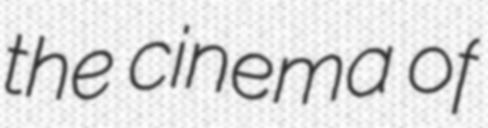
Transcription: the cinema of